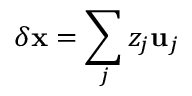
\delta \mathbf { x } = \sum _ { j } z _ { j } \mathbf { u } _ { j }